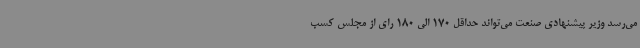
می‌رسد وزیر پیشنهادی صنعت می‌تواند حداقل 170 الی 180 رای از مجلس کسب